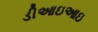
ડીઆઇઆઇ